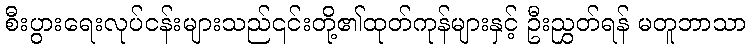
စီးပွားရေးလုပ်ငန်းများသည်၎င်းတို့၏ထုတ်ကုန်များနှင့် ဦးညွှတ်ရန် မတူဘာသာ